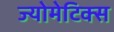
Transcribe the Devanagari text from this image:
ज्योमेटिक्स